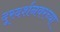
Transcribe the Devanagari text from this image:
दूरदर्शनवरच्या